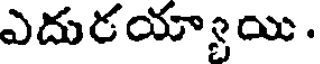
ఎదురయ్యాయి.